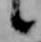
候